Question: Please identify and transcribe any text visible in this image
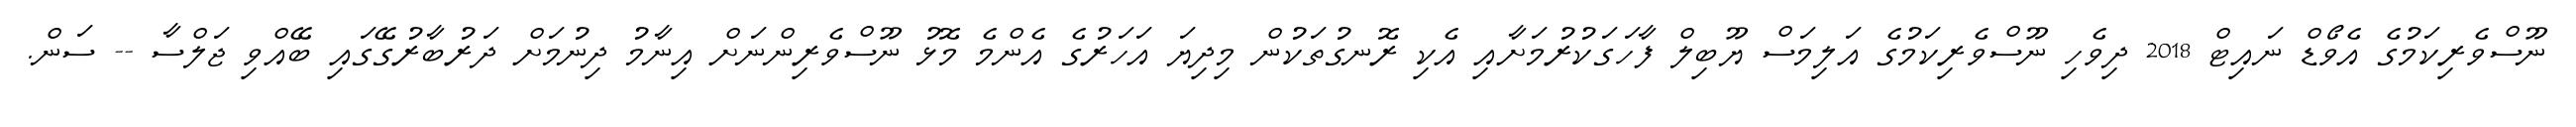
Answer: ނޫސްވެރިކަމުގެ އެވޯޑް ނައިޓް 2018 ދިވެހި ނޫސްވެރިކަމުގެ އަލިމަސް ޔޫބިލް ފާހަގަކުރުމަށާއި އެކި ރޮނގުތަކުން މިދިޔަ އަހަރުގެ އެންމެ މޮޅު ނޫސްވެރިންނަށް އިނާމު ދިނުމަށް ދަރުބާރުގޭގައި ބޭއްވި ޖަލްސާ -- ސަން.